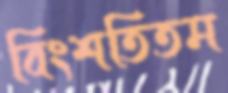
বিংশতিতম